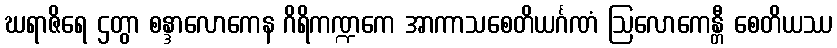
ဃရာဇိရေ ဌတွာ စန္ဒာလောကေန ဂိရိကဏ္ဍကေ အာကာသစေတိယင်္ဂဏံ ဩလောကေန္တီ စေတိယဿ